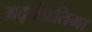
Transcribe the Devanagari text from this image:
अर्द्धप्रतिमा